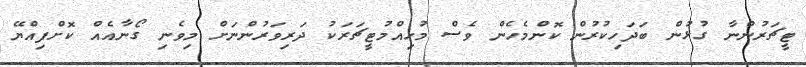
ޓީޗަރުންނާ ގުޅުން ބަދަހިކުރުން ކޮންމެހެން ވެސް މުހިއްމުޓީޗަރަކު ދަރިވަރުންނަށް މިވެނި ގޯނާއެއް ކޮށްފިއްޔޭ